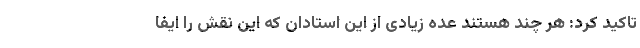
تاکید کرد: هر چند هستند عده زیادی از این استادان که این نقش را ایفا